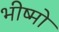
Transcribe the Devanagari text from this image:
भीष्मो